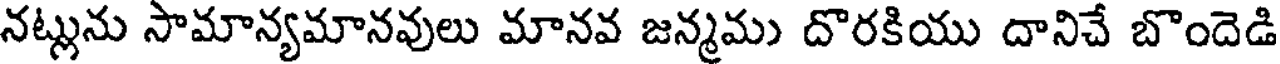
నట్లును సామాన్యమానవులు మానవ జన్మము దొరకియు దానిచే బొందెడి